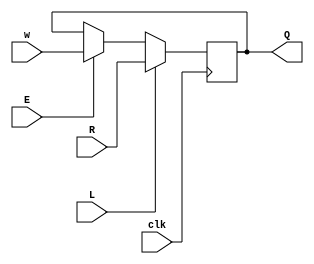
//
//
// https://hdlbits.01xz.net/wiki/Exams/2014_q4a
//
//

`default_nettype none

module top_module (
    input   clk,
    input   w,
    input   R,
    input   E,
    input   L,
    output  Q
);

    reg     q_r;
    always @(posedge clk) begin
        if (L)
            q_r <= R;
        else
            if (E)
                q_r <= w;
            else
                q_r <= q_r;
    end

    assign Q = q_r;

endmodule